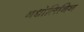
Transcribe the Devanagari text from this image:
नधोलिनिन